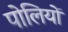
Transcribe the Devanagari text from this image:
पोलियों